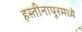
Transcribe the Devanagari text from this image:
हस्तीनापूरमध्ये